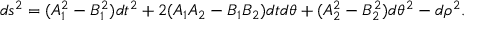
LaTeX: d s ^ { 2 } = ( A _ { 1 } ^ { 2 } - B _ { 1 } ^ { 2 } ) d t ^ { 2 } + 2 ( A _ { 1 } A _ { 2 } - B _ { 1 } B _ { 2 } ) d t d \theta + ( A _ { 2 } ^ { 2 } - B _ { 2 } ^ { 2 } ) d \theta ^ { 2 } - d \rho ^ { 2 } .